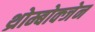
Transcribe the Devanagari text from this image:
थ्रोम्बोक्जेन